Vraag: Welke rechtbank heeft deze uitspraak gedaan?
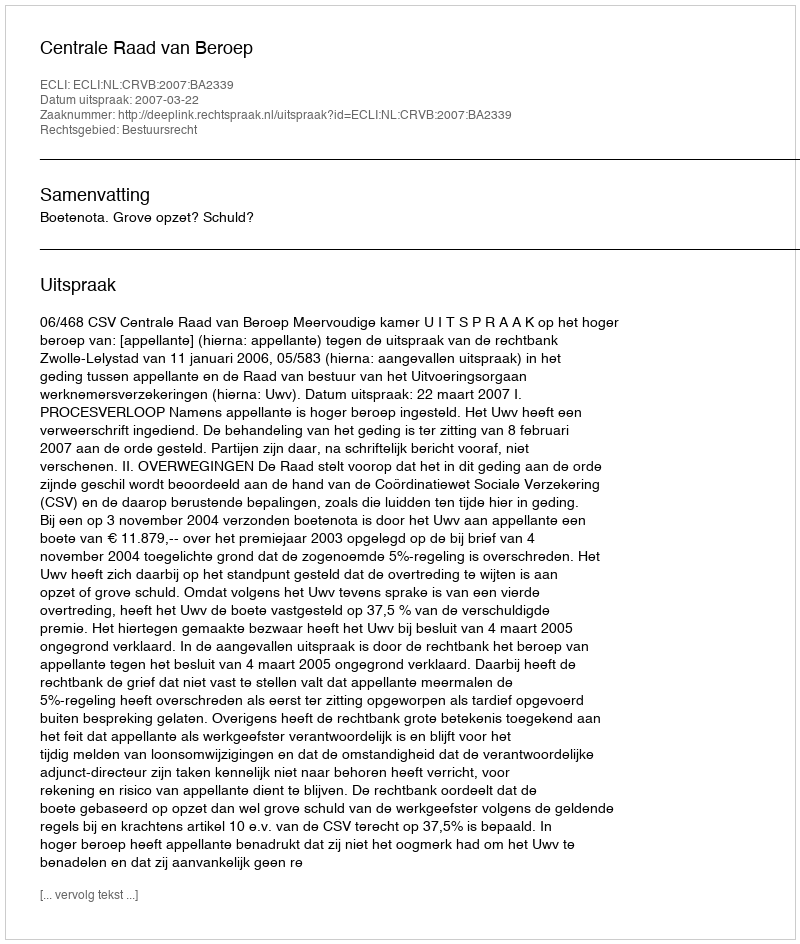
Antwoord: Centrale Raad van Beroep